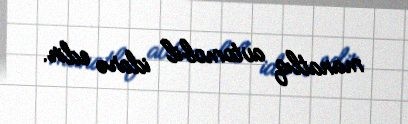
manatlıq avtomobil idarə edir.